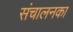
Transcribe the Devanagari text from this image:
संचालनका